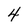
Character: 4